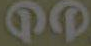
QD